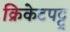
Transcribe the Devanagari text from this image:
क्रिकेटपट्टू